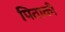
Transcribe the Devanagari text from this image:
पिताकी